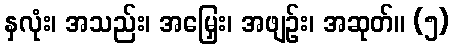
နှလုံး၊ အသည်း၊ အမြှေး၊ အဖျဉ်း၊ အဆုတ်။ (၅)